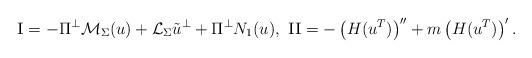
LaTeX: \begin{align*} \textsc{I}&= -\Pi^\perp \mathcal{M}_\Sigma(u) + \mathcal{L}_{\Sigma} \tilde{u} ^\perp+\Pi ^\perp N_1(u),\ \textsc{II} = - \left( H(u^T)\right)'' +m\left( H(u^T)\right)' . \end{align*}